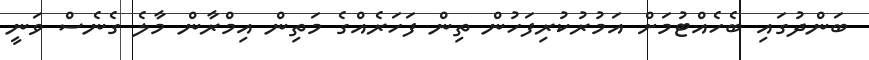
ބަންދުގައި ބެހެއްޓުމަށް އަމުރުކުރިފަހުން ތިން ފަހަރެއްގެ މަތިން އިމްރާން މާލެ ގެނެސް ވަނީ